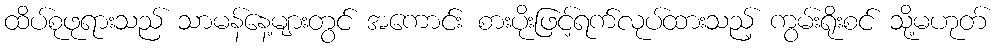
ထိပ်စုဖုရားသည် သာမန်နေ့များတွင် အကောင်း စားပိုးဖြင့်ရက်လုပ်ထားသည့် ကွမ်းရိုးစင် သို့မဟုတ်